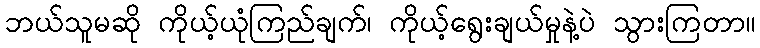
ဘယ်သူမဆို ကိုယ့်ယုံကြည်ချက်၊ ကိုယ့်ရွေးချယ်မှုနဲ့ပဲ သွားကြတာ။